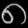
Digit: ၈